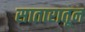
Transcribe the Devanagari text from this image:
सातारातून